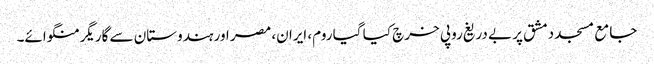
جامع مسجد دمشق پر بے دریغ روپی خرچ کیا گیا روم، ایران، مصر اور ہندوستان سے گاریگر منگوائے۔